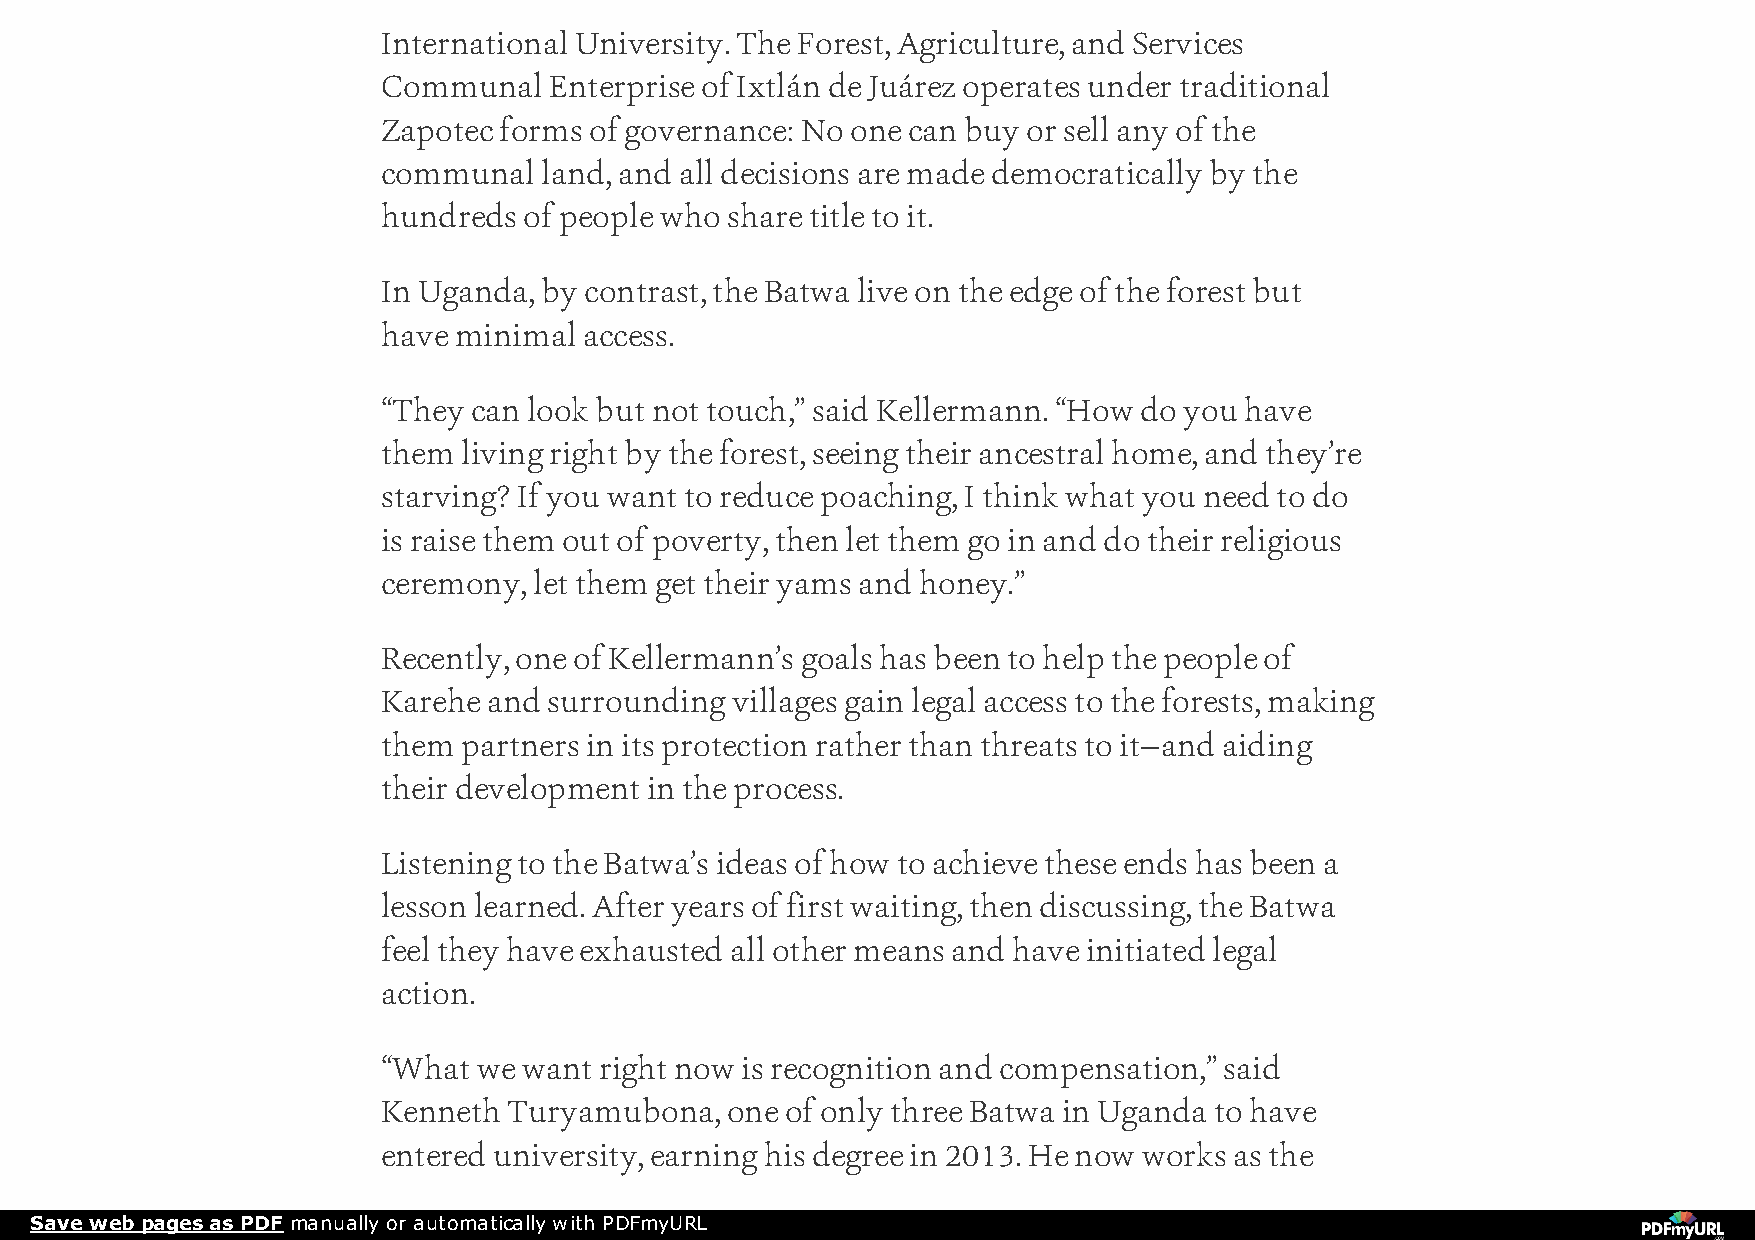
International University. The Forest, Agriculture, and Services
 Communal   Enterprise of Ixtlán de Juárez operates under traditional
 Zapotec forms of governance: No one can buy or sell any of the
 communal   land, and all decisions are made democratically by the
 hundreds  of people who share title to it.
 In Uganda, by contrast, the Batwa live on the edge of the forest but
 have minimal  access.
 “They can look but not touch,” said Kellermann. “How do you have
 them  living right by the forest, seeing their ancestral home, and they’re
 starving? If you want to reduce poaching, I think what you need to do
 is raise them out of poverty, then let them go in and do their religious
 ceremony, let them get their yams and honey.”
 Recently, one of Kellermann’s goals has been to help the people of
 Karehe and surrounding villages gain legal access to the forests, making
 them  partners in its protection rather than threats to it—and aiding
 their development in the process.
 Listening to the Batwa’s ideas of how to achieve these ends has been a
 lesson learned. After years of first waiting, then discussing, the Batwa
 feel they have exhausted all other means and have initiated legal
 action.
 “What  we want right now is recognition and compensation,” said
 Kenneth  Turyamubona,  one of only three Batwa in Uganda to have
 entered university, earning his degree in 2013. He now works as the
 Save web pages as PDF manually or automatically with PDFmyURL